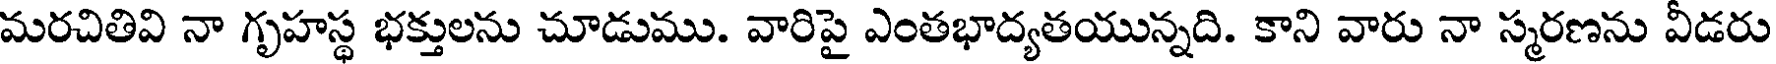
మరచితివి నా గృహస్థ భక్తులను చూడుము. వారిపై ఎంతభాద్యతయున్నది. కాని వారు నా స్మరణను వీడరు